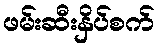
ဖမ်းဆီးနှိပ်စက်